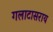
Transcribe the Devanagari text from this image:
गलाटासराय